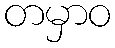
တမှာဝ